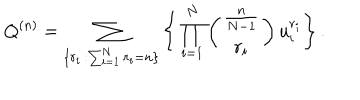
Q ^ { ( n ) } = \sum _ { \{ r _ { i } \, : \sum _ { i = 1 } ^ { N } r _ { i } = n \} } \Bigg \{ \prod _ { i = 1 } ^ { N } \left( \begin{matrix} { { \frac { n } { N - 1 } } } \\ { { r _ { i } } } \\ \end{matrix} \right) u _ { i } ^ { r _ { i } } \Bigg \} \, .